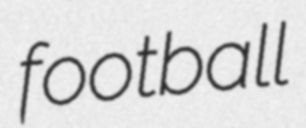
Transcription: football